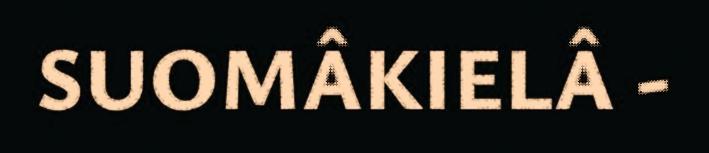
SUOMÂKIELÂ -